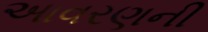
આવરણની